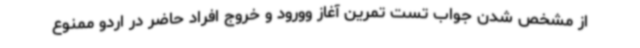
از مشخص شدن جواب تست تمرین آغاز وورود و خروج افراد حاضر در اردو ممنوع